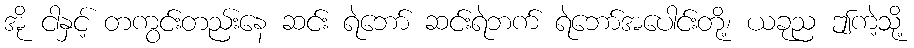
အို ငါနှင့် တကွင်းတည်းနေ ဆင်း ရဲဘော် ဆင်းရဲဘက် ရဲဘော်အပေါင်းတို့၊ ယခုည ဤကဲ့သို့